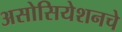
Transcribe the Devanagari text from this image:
असोसियेशनचे